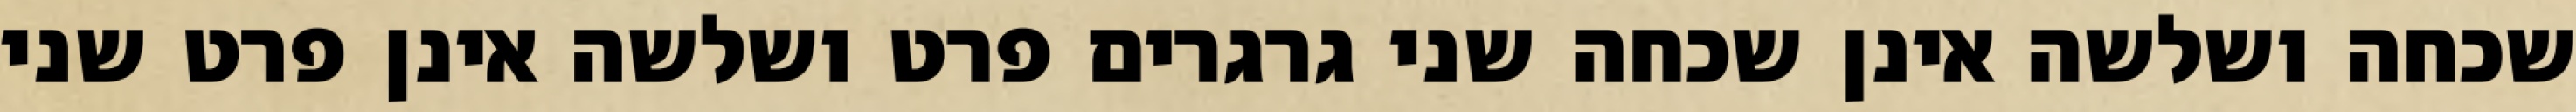
שכחה ושלשה אינן שכחה שני גרגרים פרט ושלשה אינן פרט שני